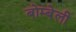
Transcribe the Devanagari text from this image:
बोम्बेली